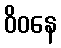
ဝိဝနေ